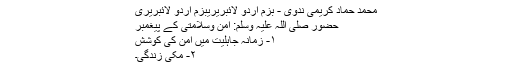
محمد حماد کریمی ندوی - بزم اردو لائبریریبزم اردو لائبریری
حضور صلی اللہ علیہ وسلم: امن وسلامتی کے پیغمبر
۱- زمانہ جاہلیت میں امن کی کوشش
۲- مکی زندگی۔